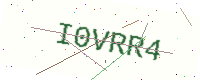
Text: I0VRR4